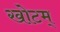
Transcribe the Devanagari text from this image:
खोटम्